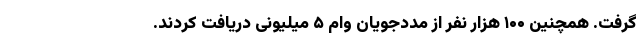
گرفت. همچنین ۱۰۰ هزار نفر از مددجویان وام ۵ میلیونی دریافت کردند.